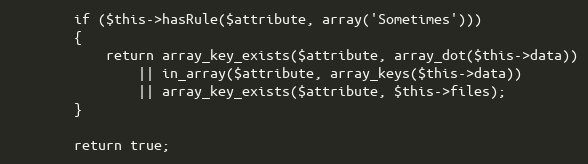
Language: PHP
		if ($this->hasRule($attribute, array('Sometimes')))
		{
			return array_key_exists($attribute, array_dot($this->data))
				|| in_array($attribute, array_keys($this->data))
				|| array_key_exists($attribute, $this->files);
		}

		return true;